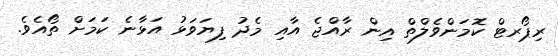
ރިޕޯރޓް ކޮމަންވެލްތް އިން ރާއްޖެ އާއި މެދު ފިޔަވަޅު އަޅާނެ ކަމަށް ތޯއެވެ.